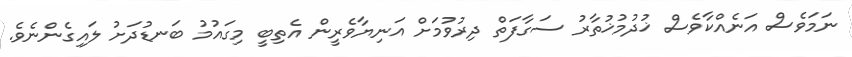
ނަމަވެސް އަނެއްކާވެސް ޚުދުމުޚުތާރު ސަގާފަތް ދިރުވުމަށް އަނިޔާވެރީން އެތިބީ މިގައުމު ބަނޑުދަށު ލައިގެންނެވެ.